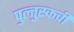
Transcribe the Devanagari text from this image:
पुल्तुस्कची